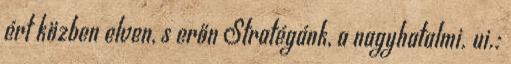
ért közben elven, s erőn Stratégánk, a nagyhatalmi. ui.: